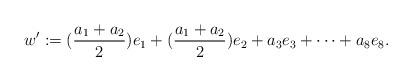
LaTeX: \begin{align*}w':=(\frac{a_1+a_2}{2})e_1+(\frac{a_1+a_2}{2})e_2+a_3e_3+\cdots+a_8e_8.\end{align*}